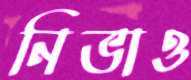
নিভাও